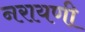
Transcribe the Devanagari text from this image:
नरायणी